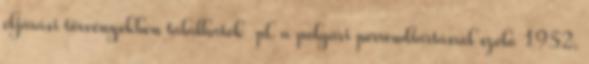
eljárási törvényekben találhatók pl. a polgári perrendtartásról szóló 1952.